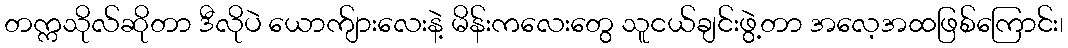
တက္ကသိုလ်ဆိုတာ ဒီလိုပဲ ယောက်ျားလေးနဲ့ မိန်းကလေးတွေ သူငယ်ချင်းဖွဲ့တာ အလေ့အထဖြစ်ကြောင်း၊